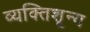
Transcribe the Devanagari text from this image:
व्यक्तिशून्य